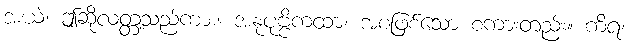
အယံ၊ ဤဆိုလတ္တံ့သည်ကား။ အနုပုဗ္ဗိကထာ၊ အစဖြစ်သော စကားတည်း။ ကိရ၊